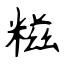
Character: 糍